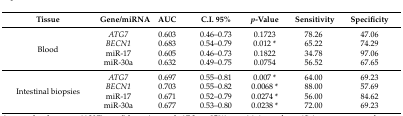
| Tissue | Gene/miRNA | AUC | C.I. 95% | p-Value | Sensitivity | Specificity |
 | --- | --- | --- | --- | --- | --- | --- |
 | <ROWSPAN=4> Blood | ATG7 | 0.603 | 0.46–0.73 | 0.1723 | 78.26 | 47.06 |
 | BECN1 | 0.683 | 0.54–0.79 | 0.012 * | 65.22 | 74.29 |
 | miR-17 | 0.605 | 0.46–0.73 | 0.1822 | 34.78 | 97.06 |
 | miR-30a | 0.632 | 0.49–0.75 | 0.0754 | 56.52 | 67.65 |
 | <ROWSPAN=4> Intestinal biopsies | ATG7 | 0.697 | 0.55–0.81 | 0.007 * | 64.00 | 69.23 |
 | BECN1 | 0.703 | 0.55–0.82 | 0.0068 * | 88.00 | 57.69 |
 | miR-17 | 0.671 | 0.52–0.79 | 0.0274 * | 56.00 | 84.62 |
 | miR-30a | 0.677 | 0.53–0.80 | 0.0238 * | 72.00 | 69.23 |